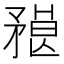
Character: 𥎇